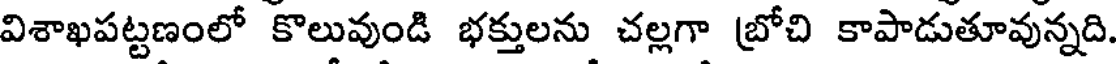
విశాఖపట్టణంలో కొలువుండి భక్తులను చల్లగా (బోచి కాపాడుతూవున్నది.